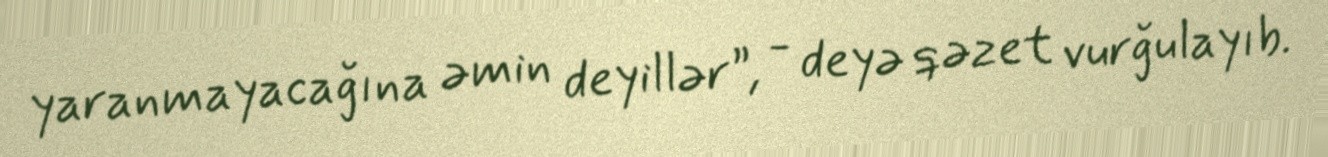
yaranmayacağına əmin deyillər”, - deyə qəzet vurğulayıb.